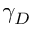
\gamma _ { D }